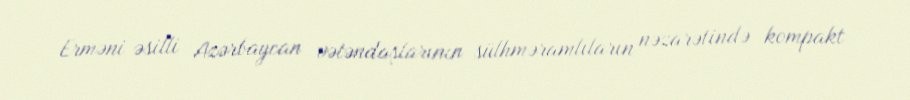
Erməni əsilli Azərbaycan vətəndaşlarının sülhməramlıların nəzarətində kompakt